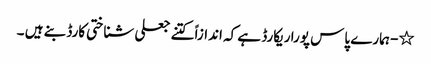
٭- ہمارے پاس پورا ریکارڈ ہے کہ اندازاً کتنے جعلی شناختی کارڈ بنے ہیں ۔